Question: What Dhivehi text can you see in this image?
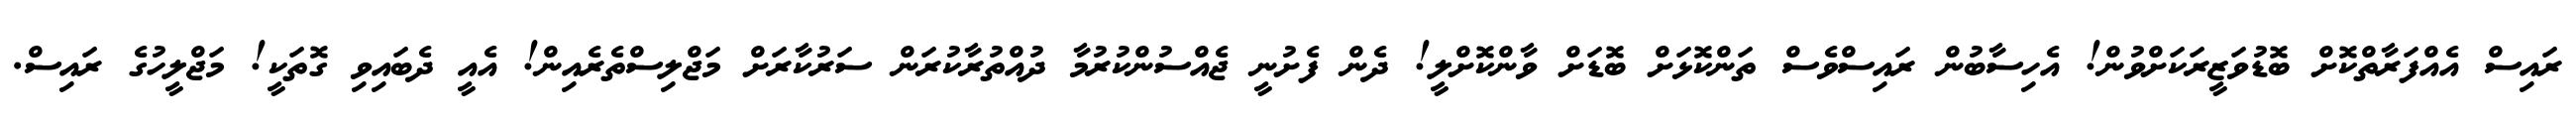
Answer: ރައިސް އެއްފަރާތްކޮށް ބޮޑުވަޒީރަކަށްވުން! އެހިސާބުން ރައިސްވެސް ތަންކޮޅަށް ބޮޑަށް ވާންކޮށްލީ! ދެން ފެށުނީ ޖެއްސުންކުރުމާ ދުއްތުރާކުރަން ސަރުކާރަށް މަޖްލިސްތެރެއިން! އެއީ ދެބައިވި ގޮތަކީ! މަޖްލީހުގެ ރައިސް.